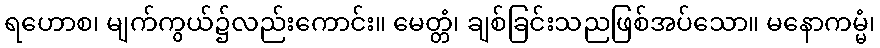
ရဟောစ၊ မျက်ကွယ်၌လည်းကောင်း။ မေတ္တံ၊ ချစ်ခြင်းသညဖြစ်အပ်သော။ မနောကမ္မံ၊